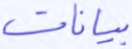
بيانات